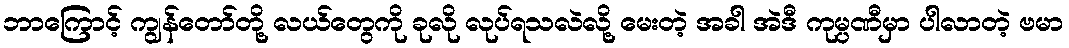
ဘာကြောင့် ကျွန်တော်တို့ လယ်တွေကို ခုလို လုပ်ရသလဲလို့ မေးတဲ့ အခါ အဲဒီ ကုမ္ပဏီမှာ ပါလာတဲ့ ဗမာ